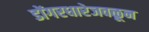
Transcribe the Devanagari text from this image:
डोंगरधारेजवळून